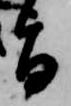
旨